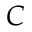
\cal { C }